Account of plague administration in the Bombay Presidency from September 1896 till May 1897
Year: 1896
Disease focus: Plague
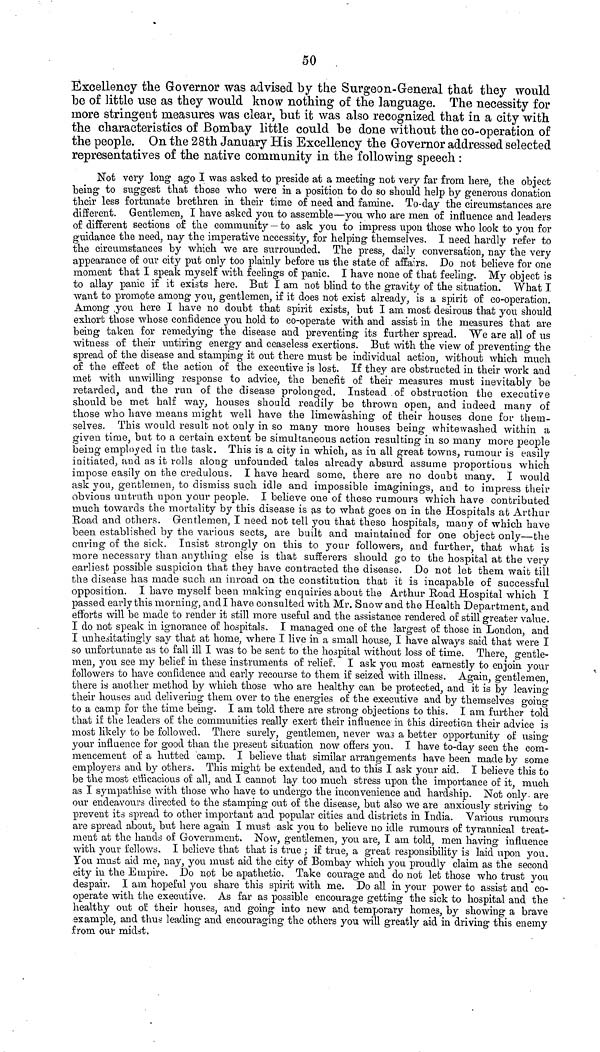
50
Excellency the Governor was advised by the Surgeon-General that they would
be of little use as they would know nothing of the language. The necessity for
more stringent measures was clear, but it was also recognized that in a city with
the characteristics of Bombay little could be done without the co-operation of
the people. On the 28th January His Excellency the Governor addressed selected
representatives of the native community in the following speech :
Not very long ago I was asked to preside at a meeting not very far from here, the object
being to suggest that those who were in a position to do so should help by generous donation
their less fortunate brethren in their time of need and famine. To-day the circumstances are
different. Gentlemen, I have asked you to assemble—you who are men of influence and leaders
of different sections of the community — to ask you to impress upon those who look to you for
guidance the need, nay the imperative necessity, for helping themselves. I need hardly refer to
the circumstances by which we are surrounded. The press, daily conversation, nay the very
appearance of our city put only too plainly before us the state of affairs. Do not believe for one
moment that I speak myself with feelings of panic. I have none of that feeling. My object is
to allay panic if it exists here. But I am not blind to the gravity of the situation. What 1
want to promote among you, gentlemen, if it does not exist already, is a spirit of co-operation.
Among you here I have no doubt that spirit exists, but I am most desirous that you should
exhort those whose confidence you hold to co-operate with and assist in the measures that are
being taken for remedying the disease and preventing its further spread. We are all of us
witness of their untiring energy and ceaseless exertions. But with the view of preventing the
spread of the disease and stamping it out there must be individual action, without which much
of the effect of the action of the executive is lost. If they are obstructed in their work and
met with unwilling response to advice, the benefit of their measures must inevitably be
retarded, and the run o£ the disease prolonged. Instead of obstruction the executive
should be met half way, houses should readily be thrown open, and indeed many of
those who have means might well have the limewashing of their houses done for them-
selves. This would result not only in so many more houses being whitewashed within a
given time, but to a certain extent be simultaneous action resulting in so many more people
being employed in the task. This is a city in which, as in all great towns, rumour is easily
initiated, and as it rolls along unfounded tales already absurd assume proportions which
impose easily on the credulous. I have heard some, there are no doubt many. I would
ask you, gentlemen, to dismiss such idle and impossible imaginings, and to impress their
obvious untruth upon your people. I believe one of these rumours which have contributed
much towards the mortality by this disease is as to what goes on in the Hospitals at Arthur
Road and others. Gentlemen, I need not tell you that these hospitals, many of which have
been established by the various sects, are built and maintained for one object only—the
curing of the sick. Insist strongly on this to your followers, and further, that what is
more necessary than anything else is that sufferers should go to the hospital at the very
earliest possible suspicion that they have contracted the disease. Do not let them wait till
the disease has made such an inroad on the constitution that it is incapable of successful
opposition. I have myself been making enquiries about the Arthur Road Hospital \vhich I
passed early this morning, andi have consulted with Mr. Snow and the Health Department, and
efforts will be made to render it still more useful and the assistance rendered of still greater value.
I do not speak in ignorance of hospitals. I managed one of the largest of those in London, and
I unhesitatingly say that at home, where I live in a small house, I have always said that were I
so unfortunate as to fall ill I was to be sent to the hospital without loss of time. There, gentle-
men, you. see my belief in these instruments of relief. I ask you most earnestly to enjoin your
followers to have confidence and early recourse to them if seized with illness. Again, gentlemen,
there is another method by which those who are healthy can be protected, and it is by leaving
their houses and delivering them over to the energies of the executive and by themselves going
to a camp for the time being. I am told there are strong objections to this. I am further told
that if the leaders of the communities really exert their influence in this direction their advice is
most likely to be followed. There surely, gentlemen, never was a better opportunity of using
your influence for good than the present situation now offers you. I have to-day seen the com-
mencement of a hutted camp. I believe that similar arrangements have been made by some
employers and by others. This might be extended, and to this I ask your aid. I believe this to
be the most efficacious of all, and I cannot lay too much stress upon the importance of it, much
as I sympathise with those who have to undergo the inconvenience and hardship. Not only are
our endeavours directed to the stamping out of the disease, but also we are anxiously striving to
prevent its spread to other important and popular cities and districts in India. Various rumours
are spread about, but here again I must ask you to believe no idle rumours of tyrannical treat-
ment at the hands of Government. Now, gentlemen, you are, I am told, men having influence
with your fellows. I believe that that is true ; if true, a great responsibility is laid upon you.
You must aid me, nay, you must aid the city of Bombay which you proudly claim as the second
city in the Empire. Do npt be apathetic. Take courage and do not let those who trust you
despair. I am hopeful you share this spirit with me. Do all in your power to assist and co-
operate with the executive. As far as possible encourage getting the sick to hospital and the
healthy out ου their houses, and going into new and temporary homes, by showing a brave
example, and thus· leading and encouraging the others you will greatly aid in driving this enemy
from our midst.